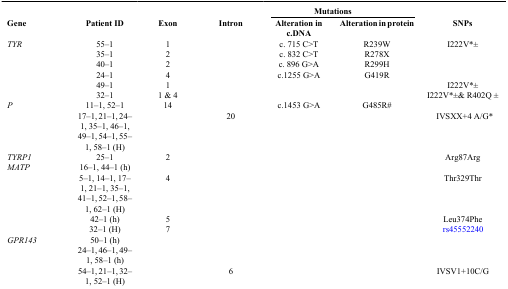
<table><thead><tr><td><b> </b></td><td><b> </b></td><td><b> </b></td><td><b> </b></td><td colspan="2"><b>Mutations</b></td><td><b> </b></td></tr><tr><td><b>Gene</b></td><td><b>Patient ID</b></td><td><b>Exon</b></td><td><b>Intron</b></td><td><b>Alteration in c.DNA</b></td><td><b>Alteration in protein</b></td><td><b>SNPs</b></td></tr></thead><tbody><tr><td><i>TYR</i></td><td>55–1</td><td>1</td><td> </td><td>c. 715 C&gt;T</td><td>R239W</td><td>I222V*±</td></tr><tr><td> </td><td>35–1</td><td>2</td><td> </td><td>c. 832 C&gt;T</td><td>R278X</td><td> </td></tr><tr><td> </td><td>40–1</td><td>2</td><td> </td><td>c. 896 G&gt;A</td><td>R299H</td><td> </td></tr><tr><td> </td><td>24–1</td><td>4</td><td> </td><td>c.1255 G&gt;A</td><td>G419R</td><td> </td></tr><tr><td> </td><td>49–1</td><td>1</td><td> </td><td> </td><td> </td><td>I222V*±</td></tr><tr><td> </td><td>32–1</td><td>1 &amp; 4</td><td> </td><td> </td><td> </td><td>I222V*±&amp; R402Q ±</td></tr><tr><td><i>P</i></td><td>11–1, 52–1</td><td>14</td><td> </td><td>c.1453 G&gt;A</td><td>G485R#</td><td> </td></tr><tr><td> </td><td>17–1, 21–1, 24–1, 35–1, 46–1, 49–1, 54–1, 55–1, 58–1 (H)</td><td> </td><td>20</td><td> </td><td> </td><td>IVSXX+4 A/G*</td></tr><tr><td><i>TYRP1</i></td><td>25–1</td><td>2</td><td> </td><td> </td><td> </td><td>Arg87Arg</td></tr><tr><td><i>MATP</i></td><td>16–1, 44–1 (h)</td><td> </td><td> </td><td> </td><td> </td><td> </td></tr><tr><td> </td><td>5–1, 14–1, 17–1, 21–1, 35–1, 41–1, 52–1, 58–1, 62–1 (H)</td><td>4</td><td> </td><td> </td><td> </td><td>Thr329Thr</td></tr><tr><td> </td><td>42–1 (h)</td><td>5</td><td> </td><td> </td><td> </td><td>Leu374Phe</td></tr><tr><td> </td><td>32–1 (H)</td><td>7</td><td> </td><td> </td><td> </td><td>rs45552240</td></tr><tr><td><i>GPR143</i></td><td>50–1 (h)</td><td> </td><td> </td><td> </td><td> </td><td> </td></tr><tr><td> </td><td>24–1, 46–1, 49–1, 58–1 (h)</td><td> </td><td> </td><td> </td><td> </td><td> </td></tr><tr><td> </td><td>54–1, 21–1, 32–1, 52–1 (H)</td><td> </td><td>6</td><td> </td><td> </td><td>IVSV1+10C/G</td></tr></tbody></table>